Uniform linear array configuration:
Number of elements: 12
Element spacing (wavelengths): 0.5
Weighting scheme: uniform
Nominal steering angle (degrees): -30
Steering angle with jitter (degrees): -29.367
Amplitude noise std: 0.05
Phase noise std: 0.05

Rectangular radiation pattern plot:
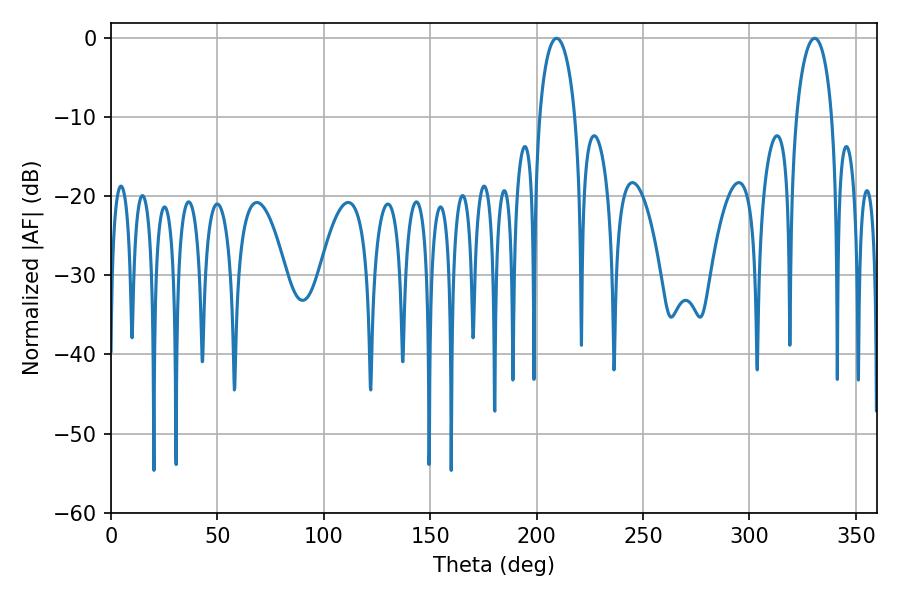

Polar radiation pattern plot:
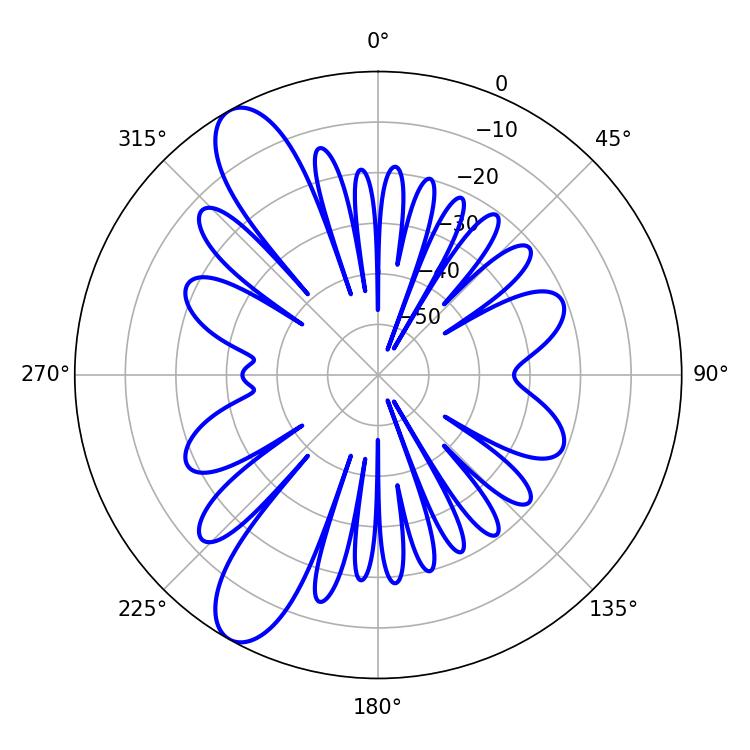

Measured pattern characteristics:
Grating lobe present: FALSE
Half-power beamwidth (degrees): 9.72
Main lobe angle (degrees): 209.34